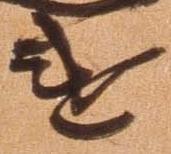
違